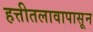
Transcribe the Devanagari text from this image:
हत्तीतलावापासून